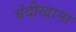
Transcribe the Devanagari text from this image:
बंदीखाना